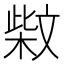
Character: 𰘐